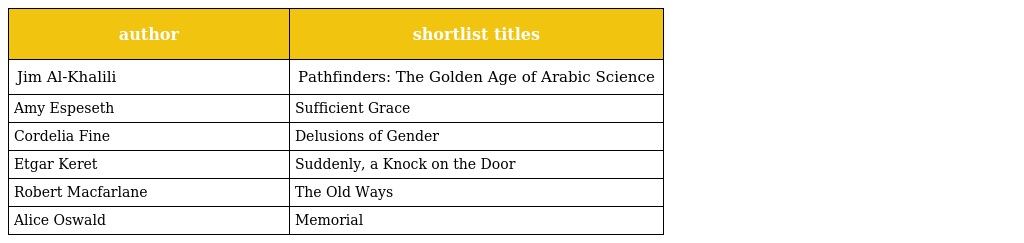
| author | shortlist titles |
 | --- | --- |
 | Jim Al-Khalili | Pathfinders: The Golden Age of Arabic Science |
 | Amy Espeseth | Sufficient Grace |
 | Cordelia Fine | Delusions of Gender |
 | Etgar Keret | Suddenly, a Knock on the Door |
 | Robert Macfarlane | The Old Ways |
 | Alice Oswald | Memorial |